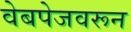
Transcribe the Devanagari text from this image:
वेबपेजवरून